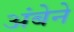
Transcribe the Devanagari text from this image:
अंबेने